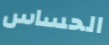
الحساس